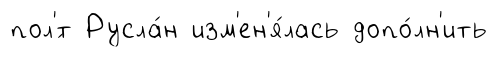
пол'́т Русла́н изм'ен'я́лась допо́лн'ить